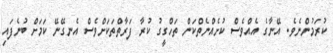
ކުރަމުންނެވެ. އޭނާގެ އެއްވެސް ކުށެއްނެތްކަން ތަހްގީގު ކުރާ ފަރާތްތަކަށްވެސް އެނގޭނޭ ކަމަށް ބުނެފައި